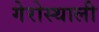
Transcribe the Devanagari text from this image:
गेरोस्थाली